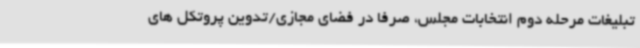
تبلیغات مرحله دوم انتخابات مجلس، صرفا در فضای مجازی/تدوین پروتکل های